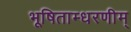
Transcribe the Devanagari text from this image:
भूषिताम्धरणीम्